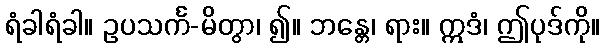
ရံခါရံခါ။ ဥပသင်္က-မိတွာ၊ ၍။ ဘန္တေ၊ ရား။ ဣဒံ၊ ဤပုဒ်ကို။